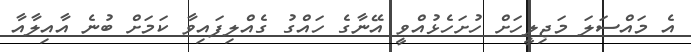
އެ މައްސަލަ މަޖިލީހަށް ހުށަހެޅުއްވީ އޭނާގެ ހައްގު ގެއްލިފައިވާ ކަމަށް ބުނެ އާއިލާއާ